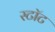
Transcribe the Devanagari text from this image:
स्टॉट